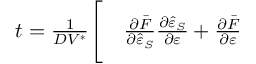
\begin{array} { r l } { t = \frac { 1 } { D V ^ { \ast } } \Bigg [ } & { { } \frac { \partial \bar { F } } { \partial \hat { \varepsilon } _ { S } } \frac { \partial \hat { \varepsilon } _ { S } } { \partial \varepsilon } + \frac { \partial \bar { F } } { \partial \varepsilon } } \end{array}